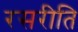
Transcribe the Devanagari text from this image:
रसरीति